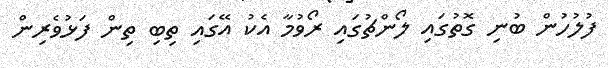
ފުލުހުން ބުނި ގޮތުގައި ލޯންޗުގައި ރޯވުމާ އެކު އޭގައި ތިބި ތިން ފަޅުވެރިން